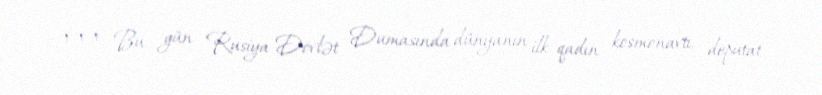
*** Bu gün Rusiya Dövlət Dumasında dünyanın ilk qadın kosmonavtı, deputat